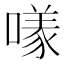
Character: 𱔮